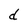
Character: d